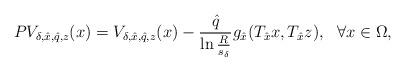
LaTeX: \begin{align*}PV_{\delta, \hat{x}, \hat{q}, z}(x)=V_{\delta, \hat{x}, \hat{q}, z}(x)-\frac{\hat{q}}{\ln\frac{R}{s_\delta}}g_{\hat{x}}(T_{\hat{x}}x, T_{\hat{x}}z),\ \ \forall x\in\Omega,\end{align*}